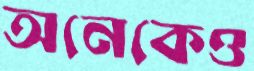
অনেকেও